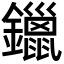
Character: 鑞